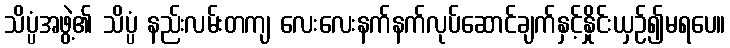
သိပ္ပံအဖွဲ့၏ သိပ္ပံ နည်းလမ်းတကျ လေးလေးနက်နက်လုပ်ဆောင်ချက်နှင့်နှိုင်းယှဉ်၍မရပေ။